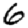
Digit: 6